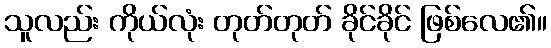
သူလည်း ကိုယ်လုံး တုတ်တုတ် ခိုင်ခိုင် ဖြစ်လေ၏။